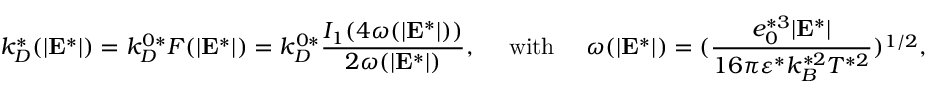
k _ { D } ^ { * } ( | \mathbf { E } ^ { * } | ) = k _ { D } ^ { 0 * } F ( | \mathbf { E } ^ { * } | ) = k _ { D } ^ { 0 * } \frac { I _ { 1 } ( 4 \omega ( | \mathbf { E } ^ { * } | ) ) } { 2 \omega ( | \mathbf { E } ^ { * } | ) } , \ \ \ \ \mathrm { w i t h } \ \ \ \ \omega ( | \mathbf { E } ^ { * } | ) = ( \frac { e _ { 0 } ^ { * 3 } | \mathbf { E } ^ { * } | } { 1 6 \pi \varepsilon ^ { * } k _ { B } ^ { * 2 } T ^ { * 2 } } ) ^ { 1 / 2 } ,